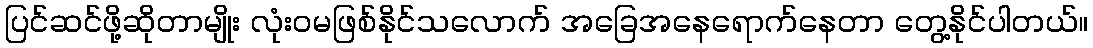
ပြင်ဆင်ဖို့ဆိုတာမျိုး လုံးဝမဖြစ်နိုင်သလောက် အခြေအနေရောက်နေတာ တွေ့နိုင်ပါတယ်။